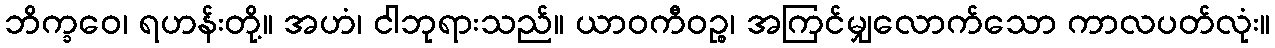
ဘိက္ခဝေ၊ ရဟန်းတို့။ အဟံ၊ ငါဘုရားသည်။ ယာဝကီဝဉ္စ၊ အကြင်မျှလောက်သော ကာလပတ်လုံး။